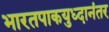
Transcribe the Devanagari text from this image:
भारतपाकयुध्दानंतर